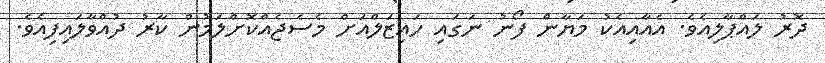
ދޮރު ލައްޕާލިއެވެ. އެއާއިއެކު މަޔާން ފޯނު ނަގައި ހައިޒަލްއަށް މެސެޖެއްކޮށްލަމުން ކާރު ދުއްވާލައިފިއެވެ.